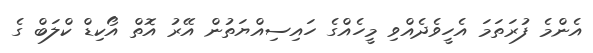
އެންމެ ފުރަތަމަ އެހީވެދެއްވި މީހެއްގެ ހައިސިއްޔަތުން އޭރު އޮތް އޯކިޑް ކްލަބް ގެ